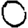
Digit: 0